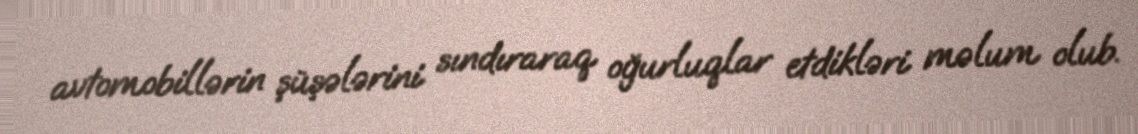
avtomobillərin şüşələrini sındıraraq oğurluqlar etdikləri məlum olub.